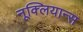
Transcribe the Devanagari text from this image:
नूक्लियान्स